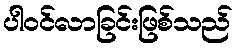
ပါဝင်လာခြင်းဖြစ်သည်